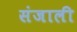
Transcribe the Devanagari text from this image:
संजाली